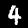
Label: 4